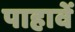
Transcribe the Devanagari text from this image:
पाहावें